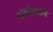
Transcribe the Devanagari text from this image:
कांबळेसरांनी